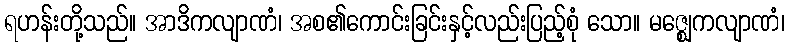
ရဟန်းတို့သည်။ အာဒိကလျာဏံ၊ အစ၏ကောင်းခြင်းနှင့်လည်းပြည့်စုံ သော။ မဇ္ဈေကလျာဏံ၊